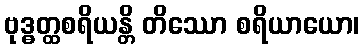
ဗုဒ္ဓတ္ထစရိယန္တိ တိဿော စရိယာယော၊